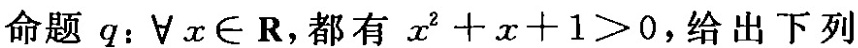
命题q：\forall x\epsilon R，都有x^{2}+x+1>0，给出下列